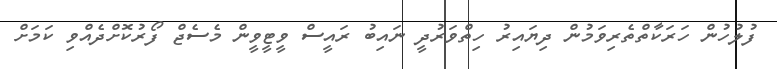
ފުލުހުން ހަރަކާތްތެރިވަމުން ދިޔައިރު ހިތްވަރުދީ ނައިބު ރައީސް ވީޓީވީން މެސެޖް ފޯރުކޮށްދެއްވި ކަމަށް